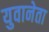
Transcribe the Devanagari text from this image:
युवानेता